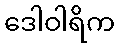
ဒေါဝါရိက